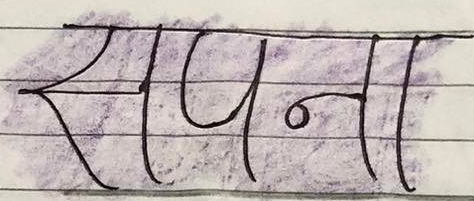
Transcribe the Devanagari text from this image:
सपना